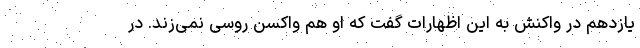
یازدهم در واکنش به این اظهارات گفت که او هم واکسن روسی نمی‌زند. در